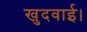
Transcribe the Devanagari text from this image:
खुदवाई।